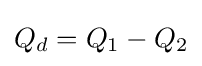
Q_{d}=Q_{1}-Q_{2}